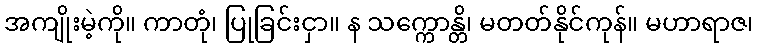
အကျိုးမဲ့ကို။ ကာတုံ၊ ပြုခြင်းငှာ။ န သက္ကောန္တိ၊ မတတ်နိုင်ကုန်။ မဟာရာဇ၊